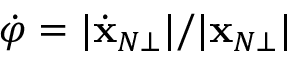
\dot { \varphi } = | \dot { \bf x } _ { N \bot } | / | { \bf x } _ { N \bot } |